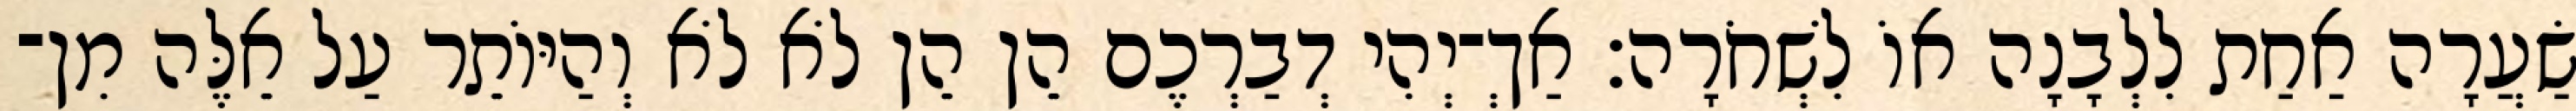
שַׂעֲרָה אַחַת לִלְבָנָה אוֹ לִשְׁחֹרָה׃ אַךְ־יְהִי דְבַרְכֶם הֵן הֵן לֹא לֹא וְהַיּוֹתֵר עַל אֵלֶּה מִן־